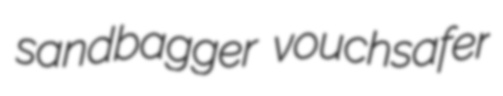
sandbagger vouchsafer